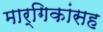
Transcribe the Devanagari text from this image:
मार्गिकांसह